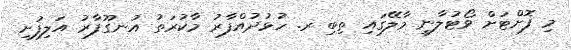
މި ފޮށްޓަށް ވޯޓުލާނީ މާލޭގައި ތިބި ރ. ހުޅުދުއްފާރު މާކުރަތު އުނގޫފާރު އަލިފުށި